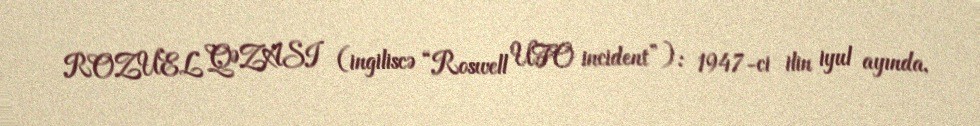
ROZUEL QƏZASI (ingiliscə “Roswell UFO incident”): 1947-ci ilin iyul ayında,